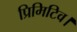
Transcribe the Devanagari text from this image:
प्रिमिटिव।